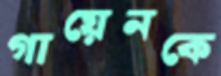
গায়েনকে